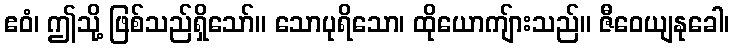
ဧဝံ၊ ဤသို့ ဖြစ်သည်ရှိသော်။ သောပုရိသော၊ ထိုယောကျ်ားသည်။ ဇီဝေယျနုခေါ၊